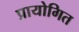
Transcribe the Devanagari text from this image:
प्रायोगित